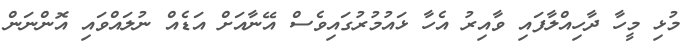
މުޅި މީހާ ދާހިއްލާފައި ވާއިރު އެހާ ޅައުމުރުގައިވެސް އޭނާއަށް އަޑެއް ނުލައްވައި އޮންނަން